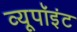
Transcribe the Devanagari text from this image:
व्यूपॉइंट